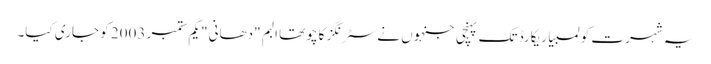
یہ شہرت کولمبیا ریکارڈ تک پہنچی جنہوں نے سٹرنگز کا چوتھا البم "دھانی" یکم ستمبر 2003 کو جاری کیا۔